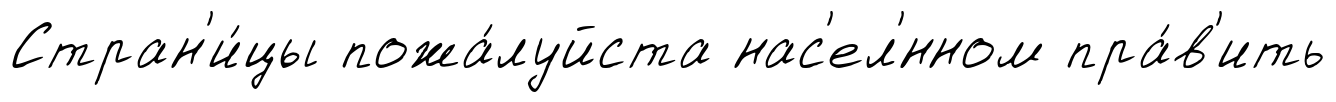
Стран'и́цы пожа́луйста нас'ел'́нном пра́в'ить